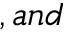
, a n d